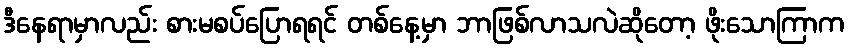
ဒီနေရာမှာလည်း စားမစပ်ပြောရရင် တစ်နေ့မှာ ဘာဖြစ်လာသလဲဆိုတော့ ဖိုးသောကြာက